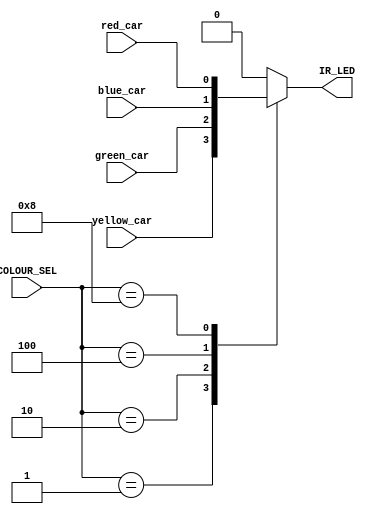
`timescale 1ns / 1ps
//////////////////////////////////////////////////////////////////////////////////
// Company: 	University of Edinburgh
// 
// Design Name: 
// Module Name:    Mux 
// Project Name: 	 Infrared Receiver for Remote Control Car
// Target Devices: Digilent Basys2 FPGA
// Tool versions:  Xilinx ISE 14.4
// Description: Simple multiplexer used to pass to the Wrapper's output the 
//		appropriate LED output signal depending on which switch has
//		been set by the user.
//
// Dependencies: 
//
// Revision: 
// Revision 0.01 - File Created
// Additional Comments: 
//
//////////////////////////////////////////////////////////////////////////////////
module MuxIR(
	//Colour Select input used as the multiplexer select.
	input [3:0] COLOUR_SEL,
	//Outputs from each state machine used as the inputs
	input yellow_car,
	input green_car,
	input blue_car,
	input red_car,
	//Output to send back to the wrapper module for implementation on the board.
	output IR_LED
    );
	
	///////////////////////////////////////////////////////////////////////////////
	//Define register for use in always@ statement
	reg led;
	
	///////////////////////////////////////////////////////////////////////////////
	//Depending on the value of COLOUR_SEL, pass the desired car output to register
	//"led"
	always @* begin
		case (COLOUR_SEL)
			4'b0001	:	led <= yellow_car;
			4'b0010	:	led <= green_car;
			4'b0100	:	led <= blue_car;
			4'b1000	:	led <= red_car;
			default	:	led <= 1'b0;
			endcase
		end

	///////////////////////////////////////////////////////////////////////////////
	//Assign register "led" to output IR_LED
	assign IR_LED = led;

endmodule